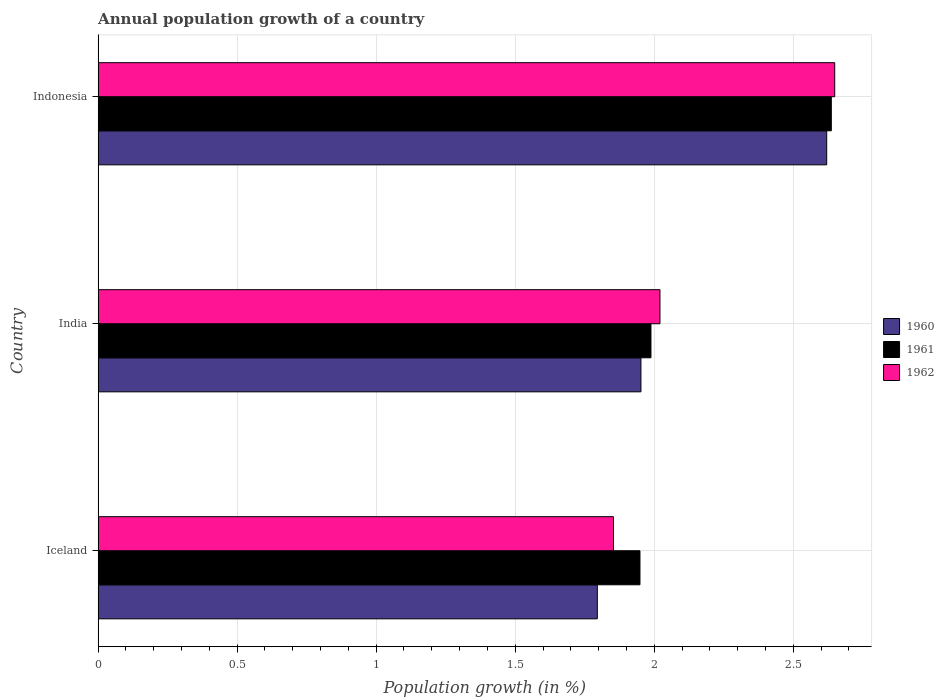
| Country | 1960 | 1961 | 1962 |
 | --- | --- | --- | --- |
 | Iceland | 1.8 | 1.95 | 1.85 |
 | India | 1.95 | 1.99 | 2.02 |
 | Indonesia | 2.62 | 2.64 | 2.65 |